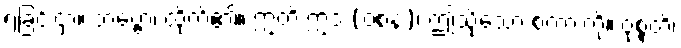
ရခြင်းငှာ။ ဘဗ္ဗော၊ ထိုက်၏။ ဣတိ ဣဒံ (ဝစနံ)၊ ဤသို့သော စကားကို။ ဝုစ္စတိ၊